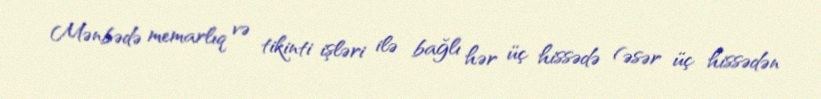
Mənbədə memarlıq və tikinti işləri ilə bağlı hər üç hissədə (əsər üç hissədən